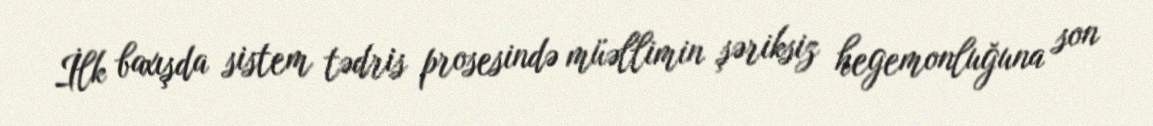
İlk baxışda sistem tədris prosesində müəllimin şəriksiz hegemonluğuna son